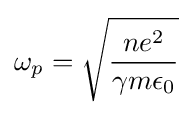
\omega _{p}={\sqrt {\frac {ne^{2}}{\gamma m\epsilon _{0}}}}